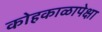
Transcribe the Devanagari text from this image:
कोहकाळापेक्षा